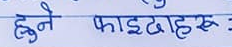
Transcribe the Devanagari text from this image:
हुने फाइलहरू